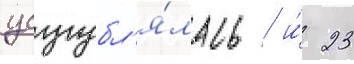
усугубл'я́лась / и́ 23